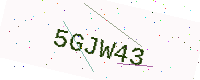
Text: 5GJW43